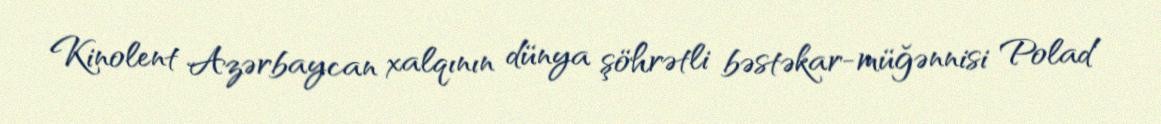
Kinolent Azərbaycan xalqının dünya şöhrətli bəstəkar-müğənnisi Polad